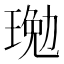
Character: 𤧔